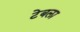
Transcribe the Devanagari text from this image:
टेबला